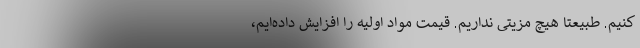
کنیم. طبیعتا هیچ مزیتی نداریم. قیمت مواد اولیه را افزایش داده‌ایم،